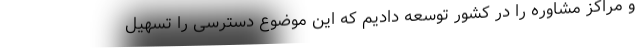
و مراکز مشاوره را در کشور توسعه دادیم که این موضوع دسترسی را تسهیل